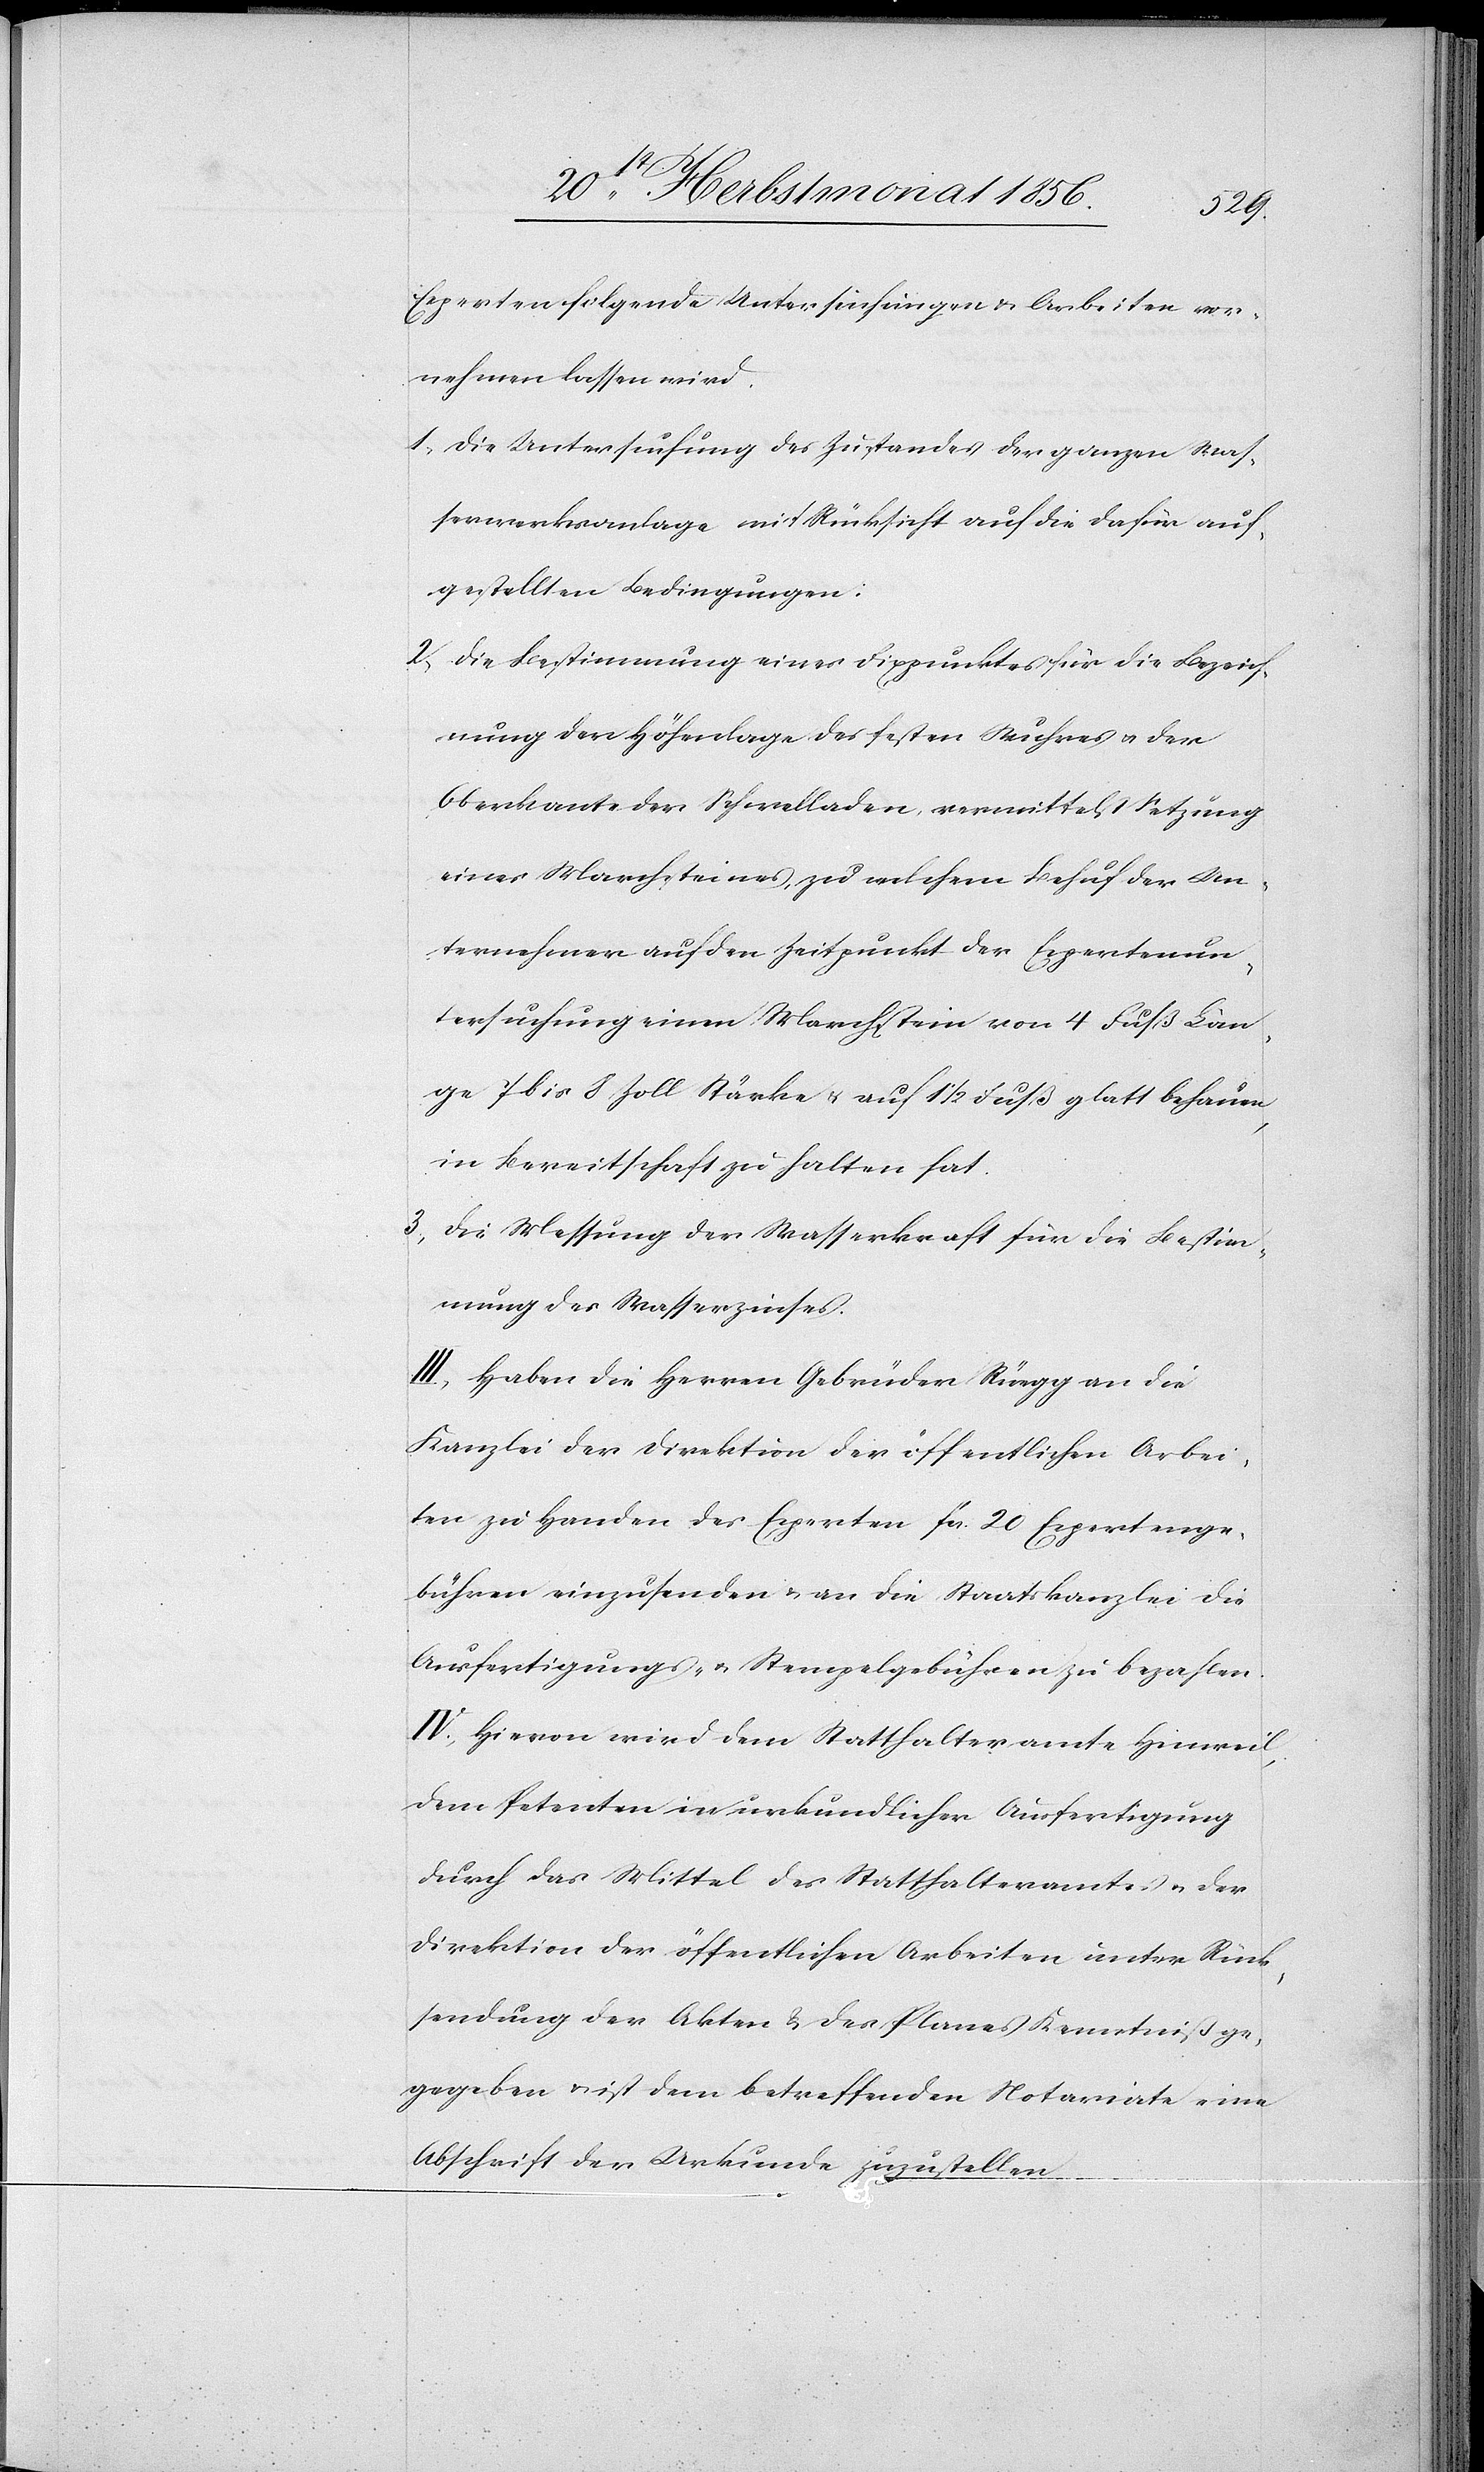
Experten folgende Untersuchungen & Arbeiten vor¬
nehmen lassen wird.
1.) Die Untersuchung des Zustandes der ganzen Was¬
serwerksanlage mit Rücksicht auf die dafür auf¬
gestellten Bedingungen.
2.) Die Bestimmung eines Fixpunktes für die Bezeich¬
nung der Höhenlage des festen Wuhres u. der
Oberkante der Schwelladen, vermittelst Setzung
eines Marchsteines, zu welchem Behuf der Un¬
ternehmer auf den Zeitpunkt der Expertenun¬
tersuchung einen Marchstein von 4 Fuß Län¬
ge[,] 7 bis 8 Zoll Stärke u. auf 1 ½ Fuß glatt behauen,
in Bereitschaft zu halten hat.
3.) Die Messung der Wasserkraft für die Bestim¬
mung des Wasserzinses.
III.) Haben die Herren Gebrüder Rüegg an die
Kanzlei der Direktion der öffentlichen Arbei¬
ten zu Handen der Experten fcs. 20 Expertenge¬
bühren einzusenden & an die Staatskanzlei die
Ausfertigungs- u. Stempelgebühren zu bezahlen.
IV.) Hievon wird dem Statthalteramte Hinweil,
dem Petenten in urkundlicher Ausfertigung
durch das Mittel des Statthalteramtes u. der
Direktion der öffentlichen Arbeiten unter Rück¬
sendung der Akten & des Planes Kenntniß g¬
egeben u. ist dem betreffenden Notariate eine
Abschrift der Urkunde zuzustellen.